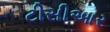
ટીસીઆર